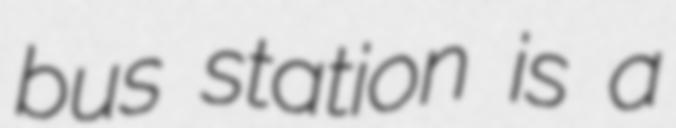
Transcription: bus station is a